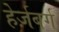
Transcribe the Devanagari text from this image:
हेर्ज़बर्ग